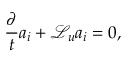
\frac { \partial } { t } a _ { i } + \mathcal { L } _ { u } a _ { i } = 0 ,